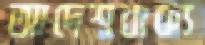
আদেশবাক্য